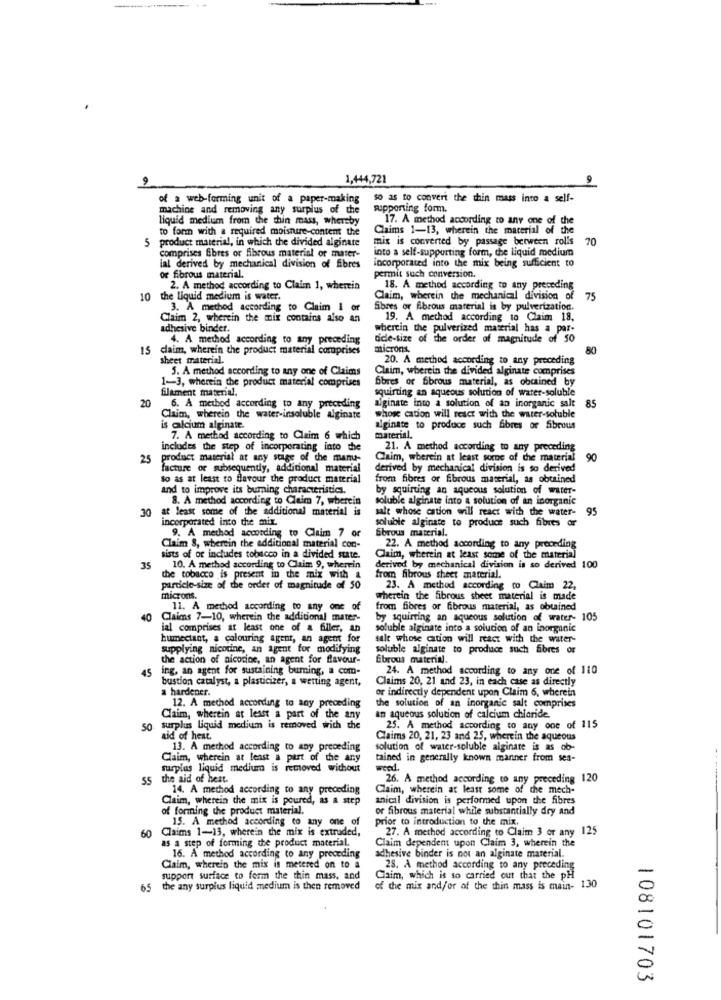
----------
1,444,721
of a web-forming unit of a paper-making
so as to convert the thin mass into a self-
machine and removing any surplus of the
supporting form.
liquid medium from the chin mass, whereby
17. A method according to any one of the
to form with a required moisture-content the
Claims 1-13, wherein the material of the
5 product material, in which the divided alginate
mis is converted by passage between rolls
70
comprises fibres or fibrous material or mater-
into a self-supporting form, the liquid medium
incorporated into the mix being sufficient to
lal derived by mechanical division of fibres
or fibrous material.
permit such conversion.
2. A method according to Claim 1, wherein
18. A method according to any preceding
10 the liquid medium is water.
Claim, wherein the mechanical division of
75
3. A method according to Claim I or
Sbres or fibrous material is by pulverization.
Claim 2, wherein the mix contains also an
19. A method according to Claim 18.
adhesive binder.
bertin the pulverized material has a par-
4. A method according to any preceding
dcle-size of the order of magnitude of 50
15 claim, wherein the product material comprises
microns.
80
sheet material.
20. A method according to any preceding
5. A method according to any one of Claims
Claim, wherein the divided alginate comprises
1-3, wherein the product material comprises
6bres of 6brous material, as obtained by
filament material.
squirting an aqueous solution of water-soluble
20
6. A method according to any preceding
alginate into a solution of an inorganic salt
85
Claim, wherein the water-insoluble alginate
whose cation will react with the water-soluble
is alcium alginate.
alginate to produce such fibres or Sibrous
7. A method according to Claim 6 which
material.
includes the step of incorporating into the
21. A method according to any preceding
25
product material at any stige of the manu-
Claim, wherein at least some of the material
90
facture or subsequently, additional material
derived by mechanical division is so derived
to as at least to flavour the product material
from fibres or fibrous material, as obtained
and to improve its buming characteristic.
by squirting an aqueous solution of water-
8. A method according to Claim 7, wherein
soluble alginate into a solution of an inorganic
30
at least some of the additional material is
salt whose cation will react with the water-
95
incorporated into the mix.
soluble alginate to produce such fibres or
9. A method according to Claim 7 or
Sbrous material.
Claim 8, wherein the additional material con-
22. A method according to any preceding
sists of or includes tobacco in a divided state.
Claim, wherein at least some of the material
35
10. A method according to Claim 9, wherein
derived by mechanical division is so derived 100
the tobacco is present in the mix with a
from fibrous sheet material.
particle-size of the order of magnitude of 50
23. A method according to Claim 22,
microns.
wherein the fibrous sheet material is made
11. A method according to any one of
from fibres or fibrous material, as obtained
40
Claims 7-10, wherein the additional mater-
by squirting an aqueous solution of water- 105
ial comprises at least one of a filler, an
soluble alginate into a solution of an inorganic
humectant, a colouring agent, an agent for
salt whose cation will react with the water-
supplying nicotine, an agent for modifying
soluble alginate to produce such fibres or
the action of nicotine, an agent for flavour-
Ebrous material.
45
ing, an agent for sustaining buming, a com-
24. A method according to any one of 110
bustion catalyst, a plasticizer, a wetting agent,
Claims 20, 21 and 23, in each case as directly
hardener.
or indirectly dependent upon Claim 6, wherein
12. A method according to any preceding
the solution of an inorganic salt comprises
Claim, wherein at least a part of the any
an aqueous solution of calcium chloride.
50 surplus liquid medium is removed with the
25. A method according to any one of 115
aid of heat.
Claims 20, 21, 23 and 25, wherein the aqueous
13. A method according to any preceding
solution of water-soluble alginate is as ob-
Claim, wherein at least a part of the any
tained in generally known manner from sea-
surplus liquid medium is removed without
weed.
55 the aid of heat.
26. A method according to any preceding 120
14. A method according to any preceding
Claim, wherein at least some of the mech-
Claim, wherein the mix is poured, as a step
anical division is performed upon the fibres
of forming the product material.
or fibrous material while substantially dry and
15. A method according to any one of
prior to introduction to the mix.
60 Claims 1-13, wherein the mix is extruded,
27. A method according to Claim 3 or any 125
as a step of forming the product material.
Claim dependent upon Claim 3, wherein the
16. A method according to any preceding
adhesive binder is not an alginate material.
Claim, wherein the mix is metered on to a
28. A method according to any preceding
support surface to form the thin mass, and
Claim, which is so carried out that the pH
65
the any surplus liquid medium is then removed
of the mix and/or of the thin mass is main- 130
108101703